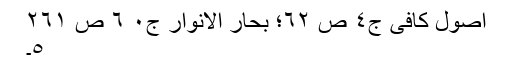
اصول کافی ج٤ ص ٦٢؛ بحار الانوار ج٠ ٦ ص ٢٦١
٥۔